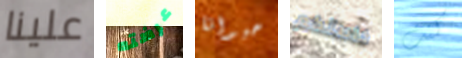
علينا عرضته حيوانا خاصتكم كنت